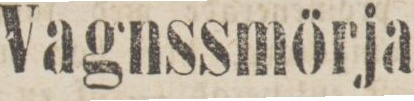
Vagnssmörja